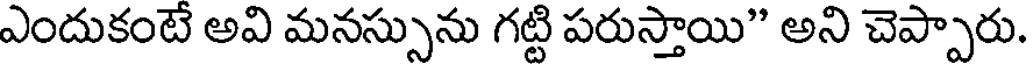
ఎందుకంటే అవి మనస్సును గట్టి పరుస్తాయి" అని చెప్పారు.